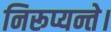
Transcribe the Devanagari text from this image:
निरूप्यन्ते।